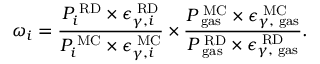
\omega _ { i } = \frac { { P _ { i } ^ { \mathrm { \tiny ~ R D } } \times \epsilon _ { \gamma , i } ^ { \mathrm { \tiny ~ R D } } } } { { P _ { i } ^ { \mathrm { \tiny ~ M C } } \times \epsilon _ { \gamma , i } ^ { \mathrm { \tiny ~ M C } } } } \times \frac { { P _ { \mathrm { \tiny ~ g a s } } ^ { \mathrm { \tiny ~ M C } } \times \epsilon _ { \gamma , \mathrm { \tiny ~ g a s } } ^ { \mathrm { \tiny ~ M C } } } } { { P _ { \mathrm { \tiny ~ g a s } } ^ { \mathrm { \tiny ~ R D } } \times \epsilon _ { \gamma , \mathrm { \tiny ~ g a s } } ^ { \mathrm { \tiny ~ R D } } } } .